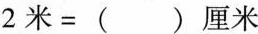
$$2 米 = ( ) 厘 米$$